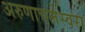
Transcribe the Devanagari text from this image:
अरुणाचलेस्वरा